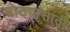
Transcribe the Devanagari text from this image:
गोठ्यासाठी